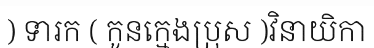
) ទារក ( កូនក្មេងប្រុស )វិនាយិកា